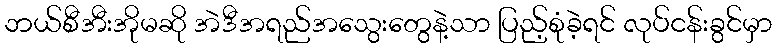
ဘယ်စီအီးအိုမဆို အဲဒီအရည်အသွေးတွေနဲ့သာ ပြည့်စုံခဲ့ရင် လုပ်ငန်းခွင်မှာ